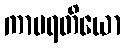
ကာမရတိယော